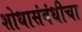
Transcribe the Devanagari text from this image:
शोधासंबंधीचा